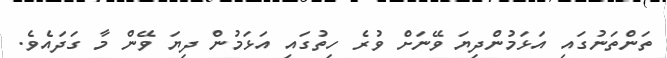
ތަންތަނުގައި އަޅަމުންދިޔަ ވޭނަށް ވުރެ ހިތުގައި އަޅަމުން ދިޔަ ވޭން މާ ގަދައެވެ.